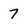
Character: 7